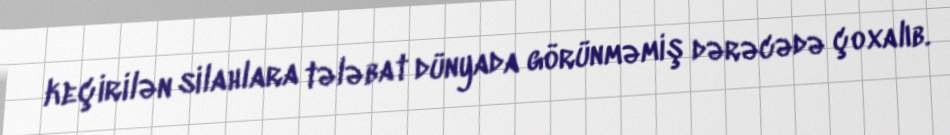
keçirilən silahlara tələbat dünyada görünməmiş dərəcədə çoxalıb.